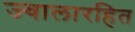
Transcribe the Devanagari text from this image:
ज्वालारहित